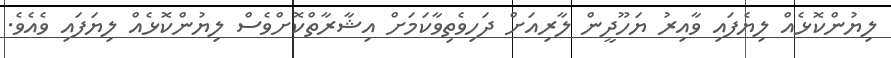
ލިޔުންކޮޅެއް ލިޔެފައި ވާއިރު ޔަހޫދީން ލާރިއަށް ދަހިވެތިވާކަމަށް އިޝާރާތްކޮށްވެސް ލިޔުންކޮޅެއް ލިޔަފައި ވެއެވެ.